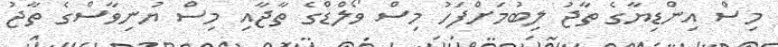
މިސް އިންޑިޔާގެ ތާޖު ލިބުމަށްފަހު މިސް ވޯލްޑްގެ ތާޖާއި މިސް ޔުނިވާސްގެ ތާޖު